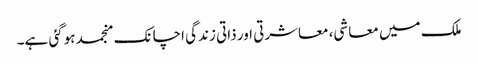
ملک میں معاشی، معاشرتی اور ذاتی زندگی اچانک منجمد ہوگئی ہے۔